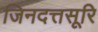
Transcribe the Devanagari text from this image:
जिनदत्तसूरि